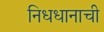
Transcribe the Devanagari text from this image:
निधधानाची